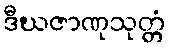
ဒီဃဇာဏုသုတ္တံ